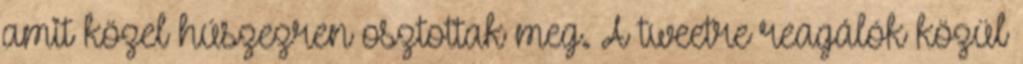
amit közel húszezren osztottak meg. A tweetre reagálók közül